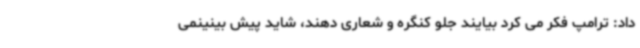
داد: ترامپ فکر می کرد بیایند جلو کنگره و شعاری دهند، شاید پیش بینینمی